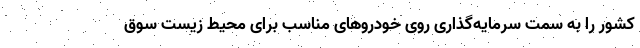
کشور را به سمت سرمایه‌گذاری روی خودروهای مناسب برای محیط زیست سوق